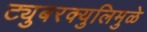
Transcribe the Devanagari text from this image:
ट्युबरक्युलिमुळे